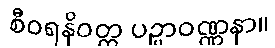
စီဝရနိဝတ္ထ ပဉ္ပာဝဏ္ဏနာ။